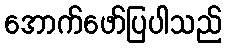
အောက်ဖော်ပြပါသည်